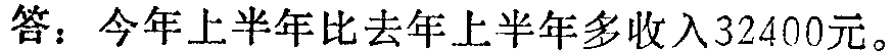
答：今年上半年比去年上半年多收入32400元。